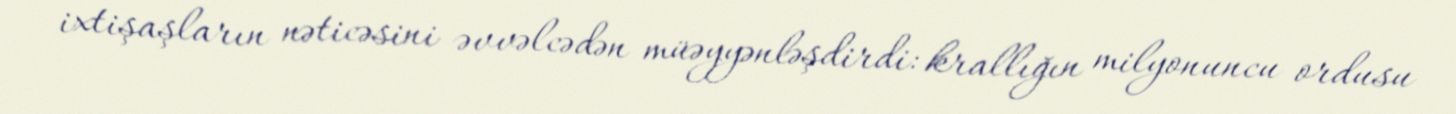
ixtişaşların nəticəsini əvvəlcədən müəyyənləşdirdi: krallığın milyonuncu ordusu